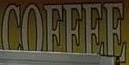
COFFEE